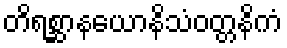
တိရစ္ဆာနယောနိသံဝတ္တနိကံ